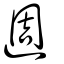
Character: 週